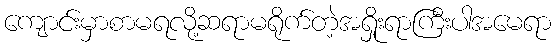
ကျောင်းမှာစာမရလို့ဆရာမရိုက်တဲ့အရှိုးရာကြီးပါအမေရာ